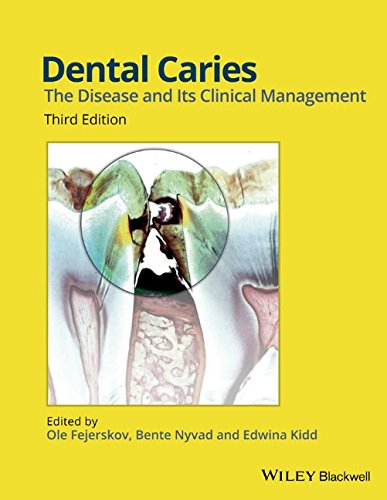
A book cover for Dental Caries: The Disease and its Clinical Management; Medical Books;